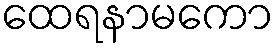
ထေရနာမကော